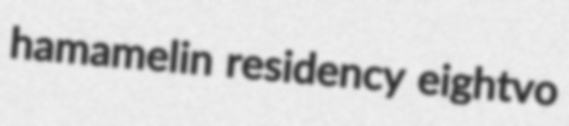
hamamelin residency eightvo